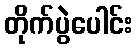
တိုက်ပွဲပေါင်း